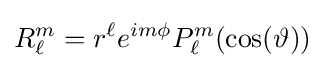
R_{\ell }^{m}=r^{\ell }e^{im\phi }P_{\ell }^{m}(\cos(\vartheta ))